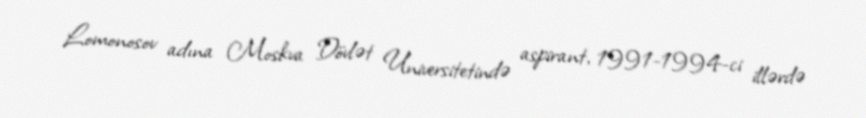
Lomonosov adına Moskva Dövlət Universitetində aspirant, 1991-1994-ci illərdə